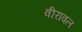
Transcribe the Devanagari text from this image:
वीरावल